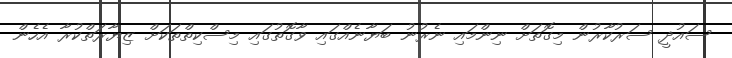
ސައުދީ ސަރުކާރުން މިގޮތަށް ނިންމައި ނެރުނު ބަޔާނެއްގައި ވާގޮތުގައި މިސްކިތްތަކަށް ޒިޔާރަތްކުރާ އެހެން